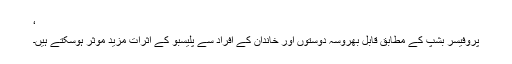
‘
پروفیسر بشپ کے مطابق قابل بھروسہ دوستوں اور خاندان کے افراد سے پلیسبو کے اثرات مزید موثر ہوسکتے ہیں۔